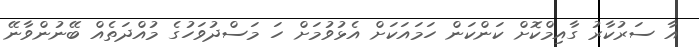
އާ ސަރުކާރު ގާއިމްކޮށް ކަންކަން ހަމައަކަށް އެޅުވުމަށް ހަ މަސްދުވަހުގެ މުއްދަތެއް ބޭނުންވާނޭ